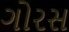
ગોરસ